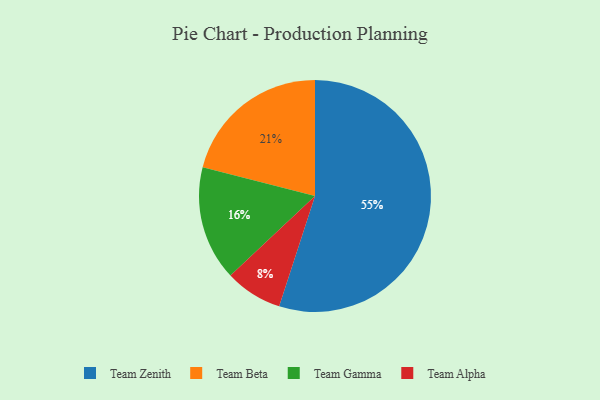
{"axis": {"x": "Category", "y": "Percentage"}, "legend": ["Team Alpha", "Team Beta", "Team Gamma", "Team Zenith"], "data": [{"x": "Team Alpha", "y": 8, "type": "Team Alpha"}, {"x": "Team Zenith", "y": 55, "type": "Team Zenith"}, {"x": "Team Beta", "y": 21, "type": "Team Beta"}, {"x": "Team Gamma", "y": 16, "type": "Team Gamma"}]}